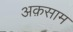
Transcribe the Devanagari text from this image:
अक़साम